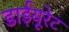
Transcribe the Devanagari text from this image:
डाईयूरेट